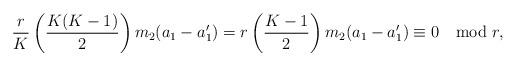
LaTeX: \begin{align*}\frac{r}{K}\left(\frac{K(K-1)}{2}\right)m_2(a_1-a_1')=r\left(\frac{K-1}{2}\right)m_2(a_1-a_1')\equiv 0 \mod r,\end{align*}